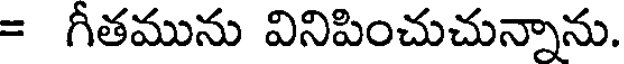
= గీతమును వినిపించుచున్నాను.